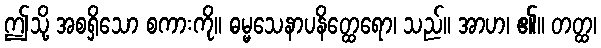
ဤသို့ အစရှိသော စကားကို။ ဓမ္မသေနာပနိတ္ထေရော၊ သည်။ အာဟ၊ ၏။ တတ္ထ၊